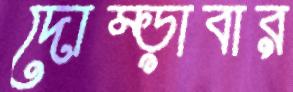
দোম্‌ড়াবার